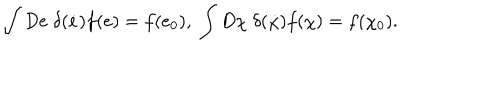
\int D e \; \delta ( { \dot { e } } ) f ( e ) = f ( e _ { 0 } ) , \; \int D \chi \; \delta ( \dot { \chi } ) f ( \chi ) = f ( \chi _ { 0 } ) .